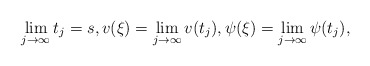
\begin{align*}\lim_{j\to\infty}t_j=s,v(\xi)=\lim_{j\to\infty}v(t_j),\psi(\xi)=\lim_{j\to\infty}\psi(t_j),\end{align*}